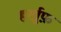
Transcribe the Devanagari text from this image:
हर्खुफ़